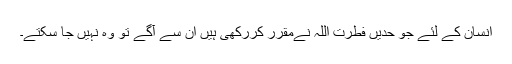
انسان کے لئے جو حدیں فطرت اللہ نےمقرر کررکھی ہیں ان سے آگے تو وہ نہیں جا سکتے۔